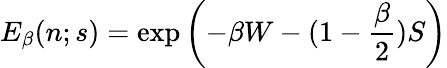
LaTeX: E_{\beta}(n;s)=\exp\left(-\beta W-(1-{\frac{\beta}{2}})S\right)